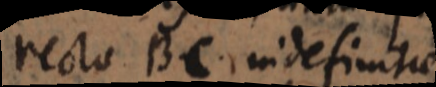
rectae BC indefinitae,